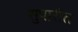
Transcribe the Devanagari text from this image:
सुपारीत